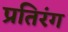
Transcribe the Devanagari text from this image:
प्रतिरंग